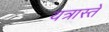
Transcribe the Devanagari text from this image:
यत्रास्ते